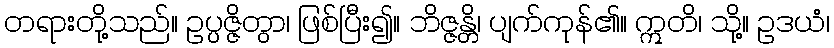
တရားတို့သည်။ ဥပ္ပဇ္ဇိတွာ၊ ဖြစ်ပြီး၍။ ဘိဇ္ဇန္တိ၊ ပျက်ကုန်၏။ ဣတိ၊ သို့။ ဥဒယံ၊